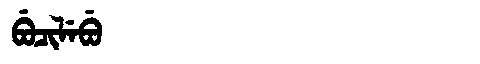
Manchu: ᠪᡠᠴᡳᠯᡝᠪᡠ
Romanization: BUCILEBU